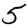
Digit: 5